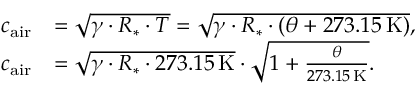
{ \begin{array} { r l } { c _ { \mathrm { a i r } } } & { = { \sqrt { \gamma \cdot R _ { * } \cdot T } } = { \sqrt { \gamma \cdot R _ { * } \cdot ( \theta + 2 7 3 . 1 5 \, \mathrm { K } ) } } , } \\ { c _ { \mathrm { a i r } } } & { = { \sqrt { \gamma \cdot R _ { * } \cdot 2 7 3 . 1 5 \, \mathrm { K } } } \cdot { \sqrt { 1 + { \frac { \theta } { 2 7 3 . 1 5 \, \mathrm { K } } } } } . } \end{array} }